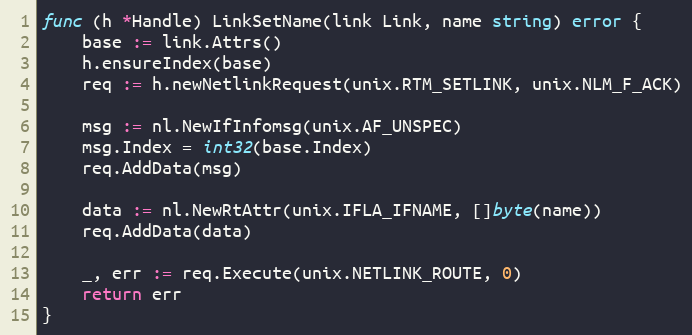
Language: Go
func (h *Handle) LinkSetName(link Link, name string) error {
	base := link.Attrs()
	h.ensureIndex(base)
	req := h.newNetlinkRequest(unix.RTM_SETLINK, unix.NLM_F_ACK)

	msg := nl.NewIfInfomsg(unix.AF_UNSPEC)
	msg.Index = int32(base.Index)
	req.AddData(msg)

	data := nl.NewRtAttr(unix.IFLA_IFNAME, []byte(name))
	req.AddData(data)

	_, err := req.Execute(unix.NETLINK_ROUTE, 0)
	return err
}